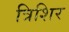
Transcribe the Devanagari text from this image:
त्रिशिर